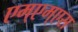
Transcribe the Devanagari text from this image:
एम्एम्एस